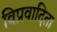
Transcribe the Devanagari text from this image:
विप्रवादिता